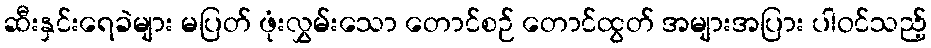
ဆီးနှင်းရေခဲများ မပြတ် ဖုံးလွှမ်းသော တောင်စဉ် တောင်ထွတ် အများအပြား ပါဝင်သည့်